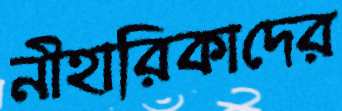
নীহারিকাদের